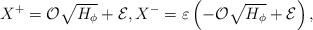
LaTeX: \begin{align*} X^+ = {\cal O}\sqrt{H_{\phi}} + {\cal E}, X^- = \varepsilon \left(-{\cal O}\sqrt{H_{\phi}} + {\cal E} \right), \end{align*}